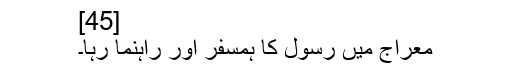
[45]
معراج میں رسول کا ہمسفر اور راہنما رہا۔